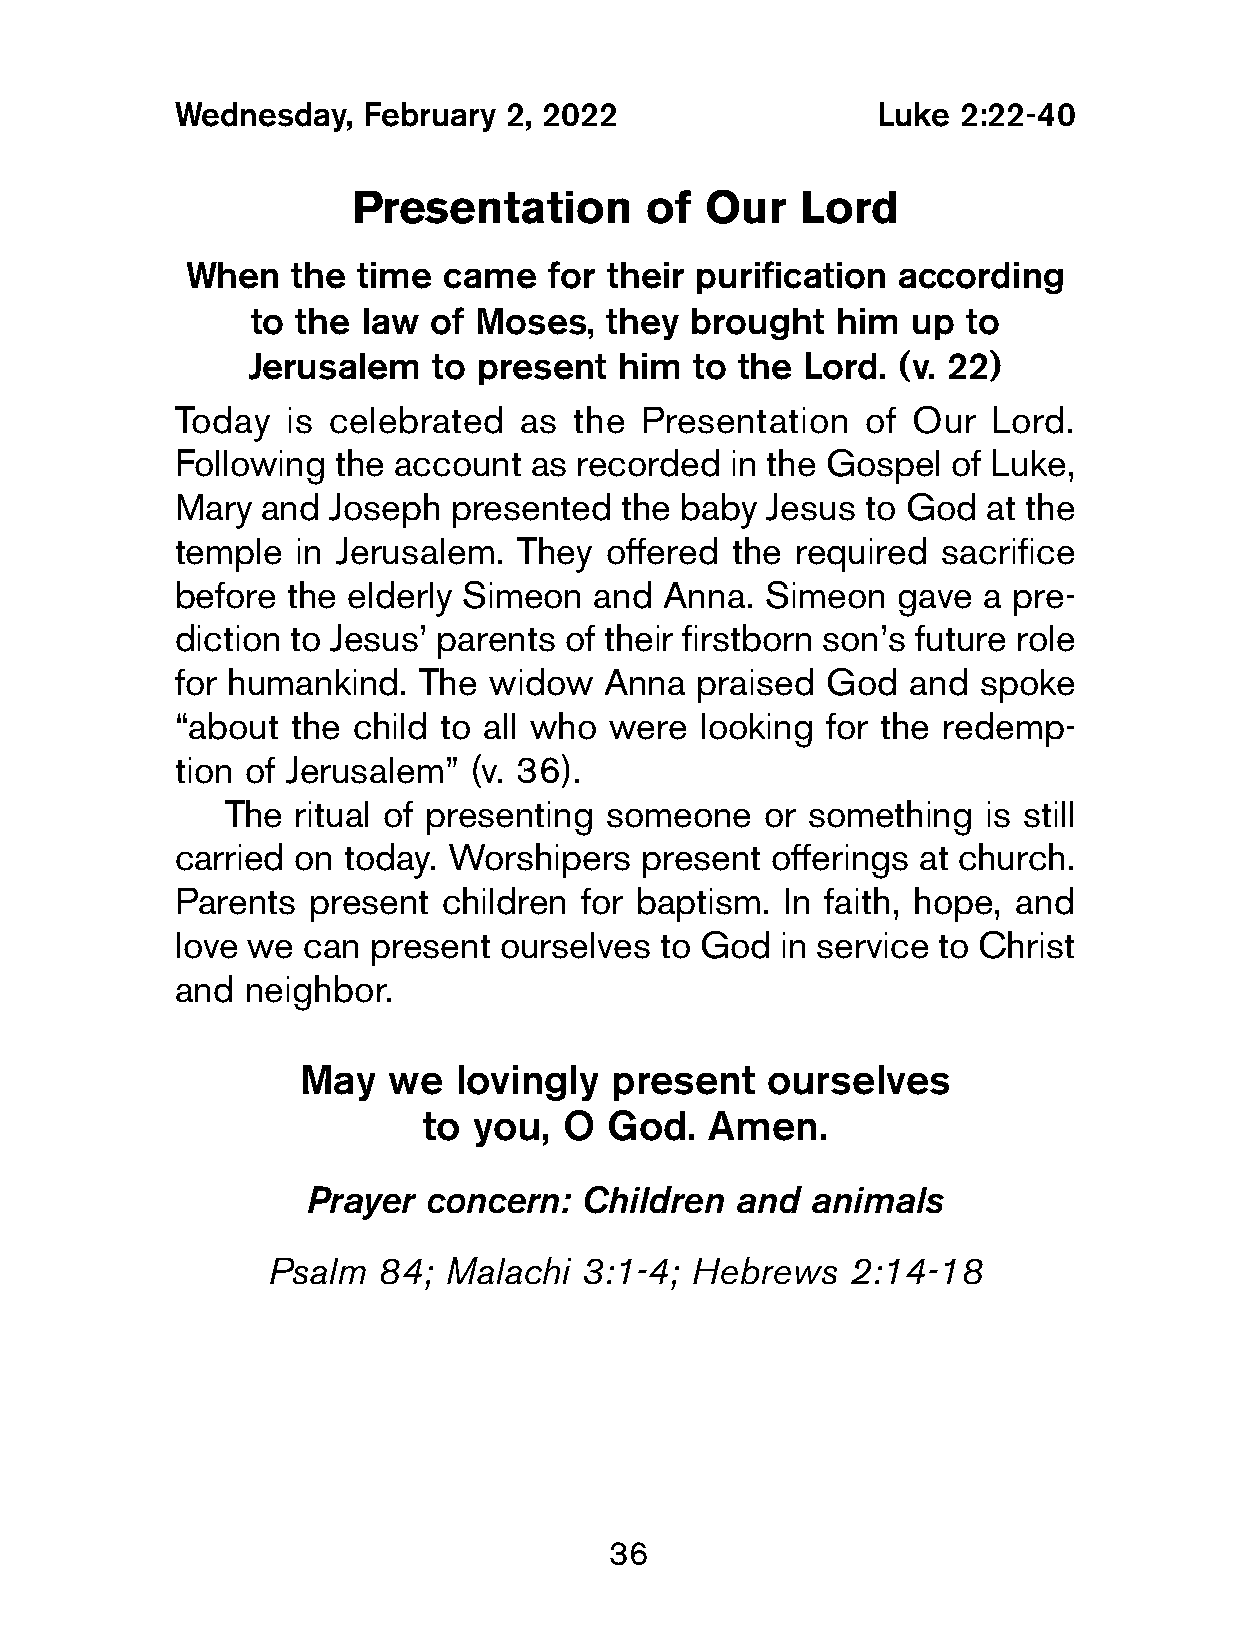
Wednesday,   February 2, 2022                  Luke 2:22-40
 Presentation        of  Our   Lord
 When   the  time came   for their purification according
 to the law of Moses,   they  brought  him  up  to
 Jerusalem    to present  him  to the Lord. (v. 22)
 Today   is celebrated  as  the Presentation   of Our  Lord.
 Following  the account  as recorded  in the Gospel  of Luke,
 Mary  and  Joseph  presented  the baby  Jesus to God  at the
 temple   in Jerusalem. They  offered the  required sacrifice
 before  the elderly Simeon  and  Anna.  Simeon  gave  a pre-
 diction to Jesus’ parents of their firstborn son’s future role
 for humankind.   The widow   Anna  praised  God  and  spoke
 “about  the child to all who were  looking  for the redemp-
 tion of Jerusalem”  (v. 36).
 The ritual of presenting someone   or something   is still
 carried on  today. Worshipers  present  offerings at church.
 Parents  present  children for baptism.  In faith, hope, and
 love we  can present  ourselves  to God  in service to Christ
 and  neighbor.
 May   we  lovingly  present    ourselves
 to you,  O  God.   Amen.
 Prayer  concern:  Children   and  animals
 Psalm  84; Malachi  3:1-4;  Hebrews   2:14-18
 36